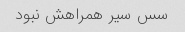
سس سیر همراهش نبود